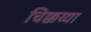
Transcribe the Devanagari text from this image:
चिक्कय्या